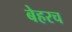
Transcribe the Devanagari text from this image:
बेहरच